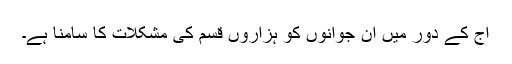
آج کے دور میں ان جوانوں کو ہزاروں قسم کی مشکلات کا سامنا ہے۔